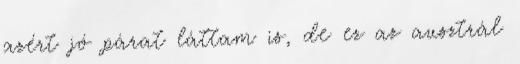
azért jó párat láttam is, de ez az ausztrál